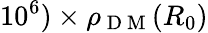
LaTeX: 10^{6})\times\rho_{\mathrm{~D~M~}}(R_{0})